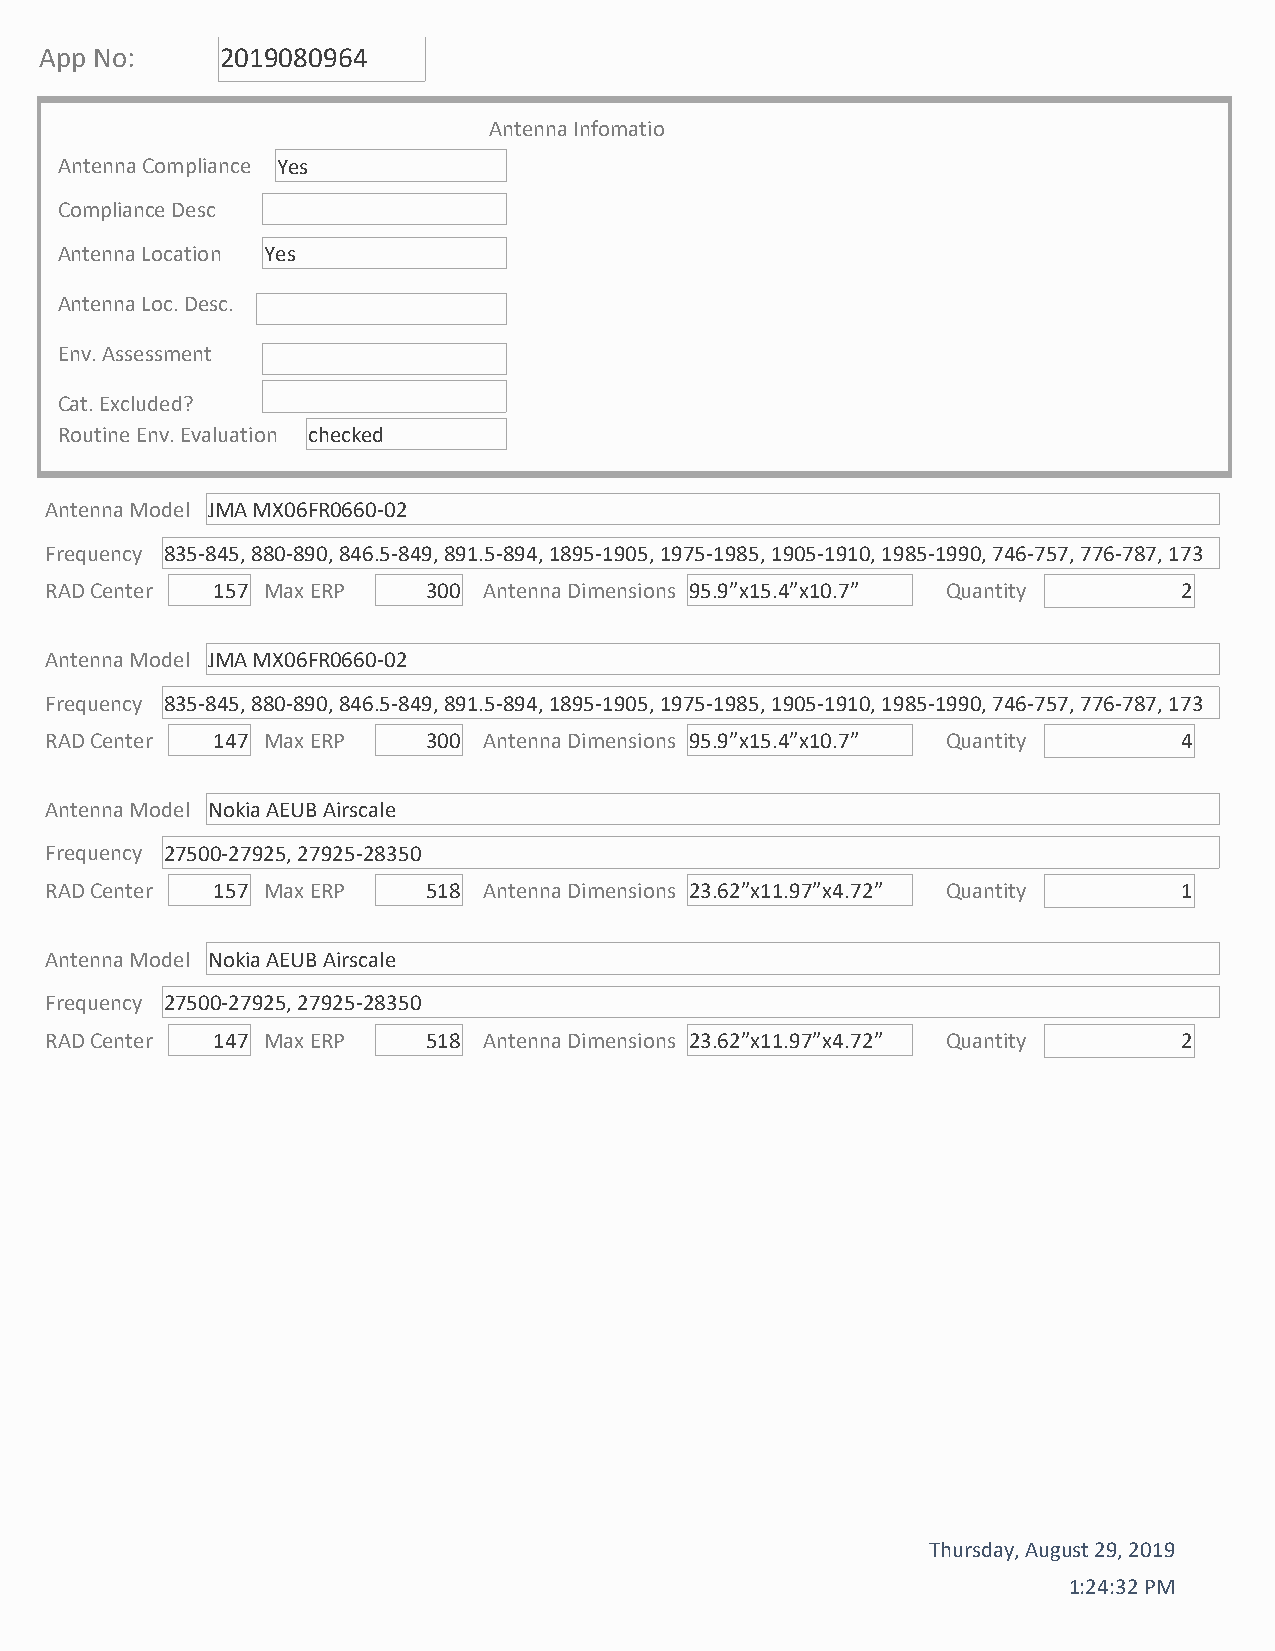
App No:     2019080964
 Antenna Infomatio
 Antenna Compliance Yes
 Compliance Desc
 Antenna Location Yes
 Antenna Loc. Desc.
 Env. Assessment
 Cat. Excluded?
 Routine Env. Evaluation checked
 Antenna Model JMA MX06FR0660‐02
 Frequency 835‐845, 880‐890, 846.5‐849, 891.5‐894, 1895‐1905, 1975‐1985, 1905‐1910, 1985‐1990, 746‐757, 776‐787, 173
 RAD Center 157 Max ERP   300 Antenna Dimensions 95.9”x15.4”x10.7” Quantity 2
 Antenna Model JMA MX06FR0660‐02
 Frequency 835‐845, 880‐890, 846.5‐849, 891.5‐894, 1895‐1905, 1975‐1985, 1905‐1910, 1985‐1990, 746‐757, 776‐787, 173
 RAD Center 147 Max ERP   300 Antenna Dimensions 95.9”x15.4”x10.7” Quantity 4
 Antenna Model Nokia AEUB Airscale
 Frequency 27500‐27925, 27925‐28350
 RAD Center 157 Max ERP   518 Antenna Dimensions 23.62”x11.97”x4.72” Quantity 1
 Antenna Model Nokia AEUB Airscale
 Frequency 27500‐27925, 27925‐28350
 RAD Center 147 Max ERP   518 Antenna Dimensions 23.62”x11.97”x4.72” Quantity 2
 Thursday, August 29, 2019
 1:24:32 PM